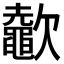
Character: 𣤶